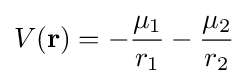
V(\mathbf {r} )=-{\frac {\mu _{1}}{r_{1}}}-{\frac {\mu _{2}}{r_{2}}}